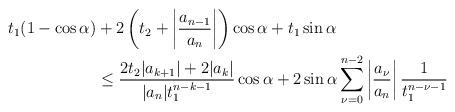
LaTeX: \begin{align*}t_1(1-\cos\alpha)&+2\left(t_2+\left|\dfrac{a_{n-1}}{a_n}\right|\right)\cos\alpha+t_1\sin\alpha\\&\leq \dfrac{2t_2|a_{k+1}|+2|a_k|}{|a_n|t_1^{n-k-1}}\cos\alpha+2\sin\alpha\sum\limits_{\nu=0}^{n-2}\left|\dfrac{a_\nu}{a_n}\right|\dfrac{1}{t_1^{n-\nu-1}}\end{align*}